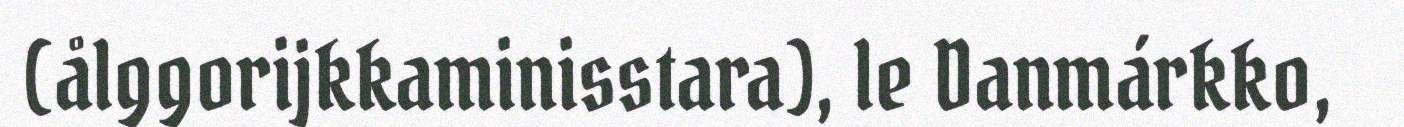
(ålggorijkkaminisstara), le Danmárkko,